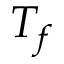
T _ { f }